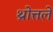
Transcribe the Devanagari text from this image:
थ्रोत्तले